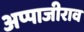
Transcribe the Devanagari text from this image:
अप्पाजीराव